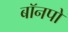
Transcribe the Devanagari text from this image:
बॉनपो